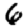
Digit: 6